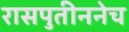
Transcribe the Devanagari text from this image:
रासपुतीननेच